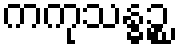
ကကုသန္ဓဉ္စ